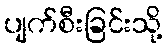
ပျက်စီးခြင်းသို့